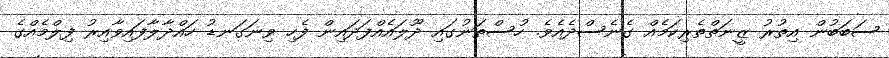
ސަބަބުން އިތުރު ޒީނަތްތެރިކަމެއް ގެނެސްދެއެވެ. ހުސްތަނުގައި ދޫލައެއްފަދައިން ފެހި ވިނަގަނޑު ހައްދާލާފައިވާއިރު ފިލްމެއްގެ